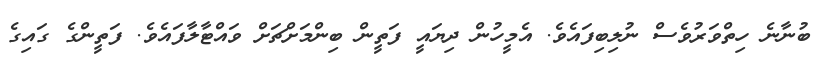
ބުނާނެ ހިތްވަރުވެސް ނުލިބިފައެވެ. އެމީހުން ދިޔައީ ފަތީން ބިންމަށްޗަށް ވައްޓާލާފައެވެ. ފަތީންގެ ގައިގެ